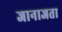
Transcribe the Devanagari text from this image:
जानाजता